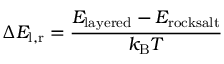
\Delta E _ { \mathrm { l , r } } = \frac { E _ { \mathrm { l a y e r e d } } - E _ { \mathrm { r o c k s a l t } } } { k _ { \mathrm { B } } T }